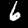
Label: 6